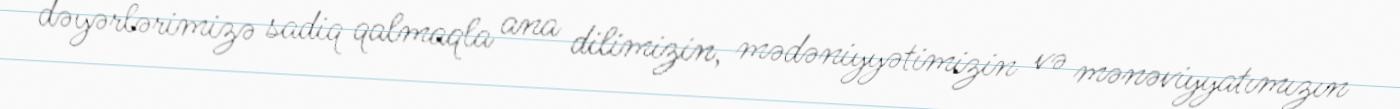
dəyərlərimizə sadiq qalmaqla ana dilimizin, mədəniyyətimizin və mənəviyyatımızın